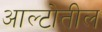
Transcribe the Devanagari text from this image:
आल्टोतील